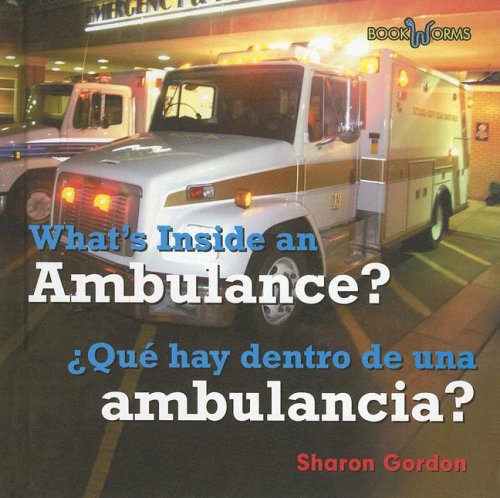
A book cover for What's Inside an Ambulance?/ Que Hay Dentro De Una Ambulancia? (Bookworms) (Spanish Edition); Sharon Gordon; Medical Books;